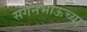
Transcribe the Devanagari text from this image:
सगनभाऊच्या